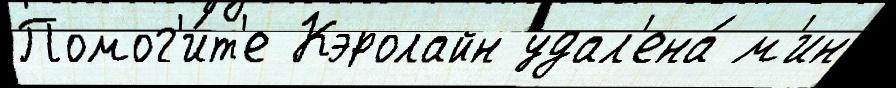
Помог'и́т'е Кэролайн удал'ена́ м'ин